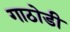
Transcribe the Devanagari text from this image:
गाठोडी